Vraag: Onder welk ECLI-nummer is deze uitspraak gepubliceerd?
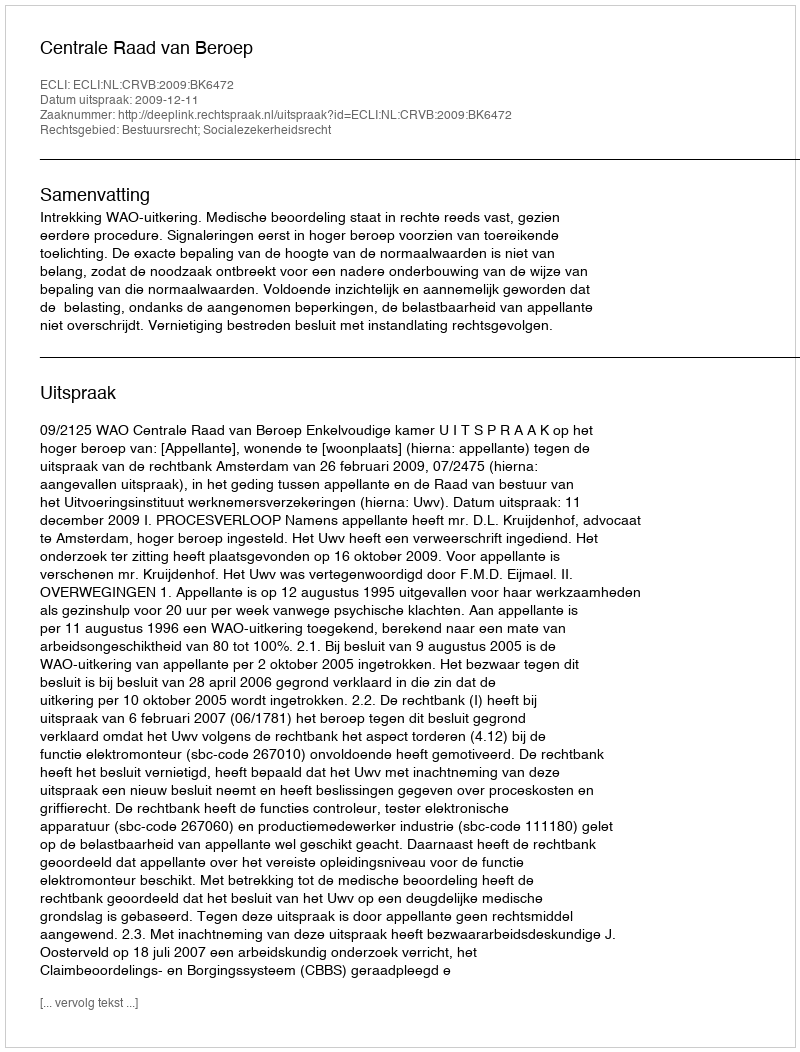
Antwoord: ECLI:NL:CRVB:2009:BK6472